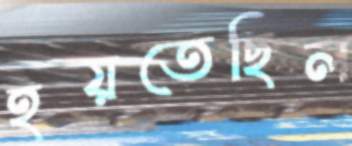
হয়তেছিল